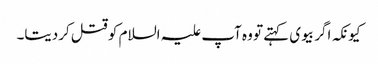
کیونکہ اگر بیوی کہتے تو وہ آپ علیہ السلام کو قتل کردیتا۔